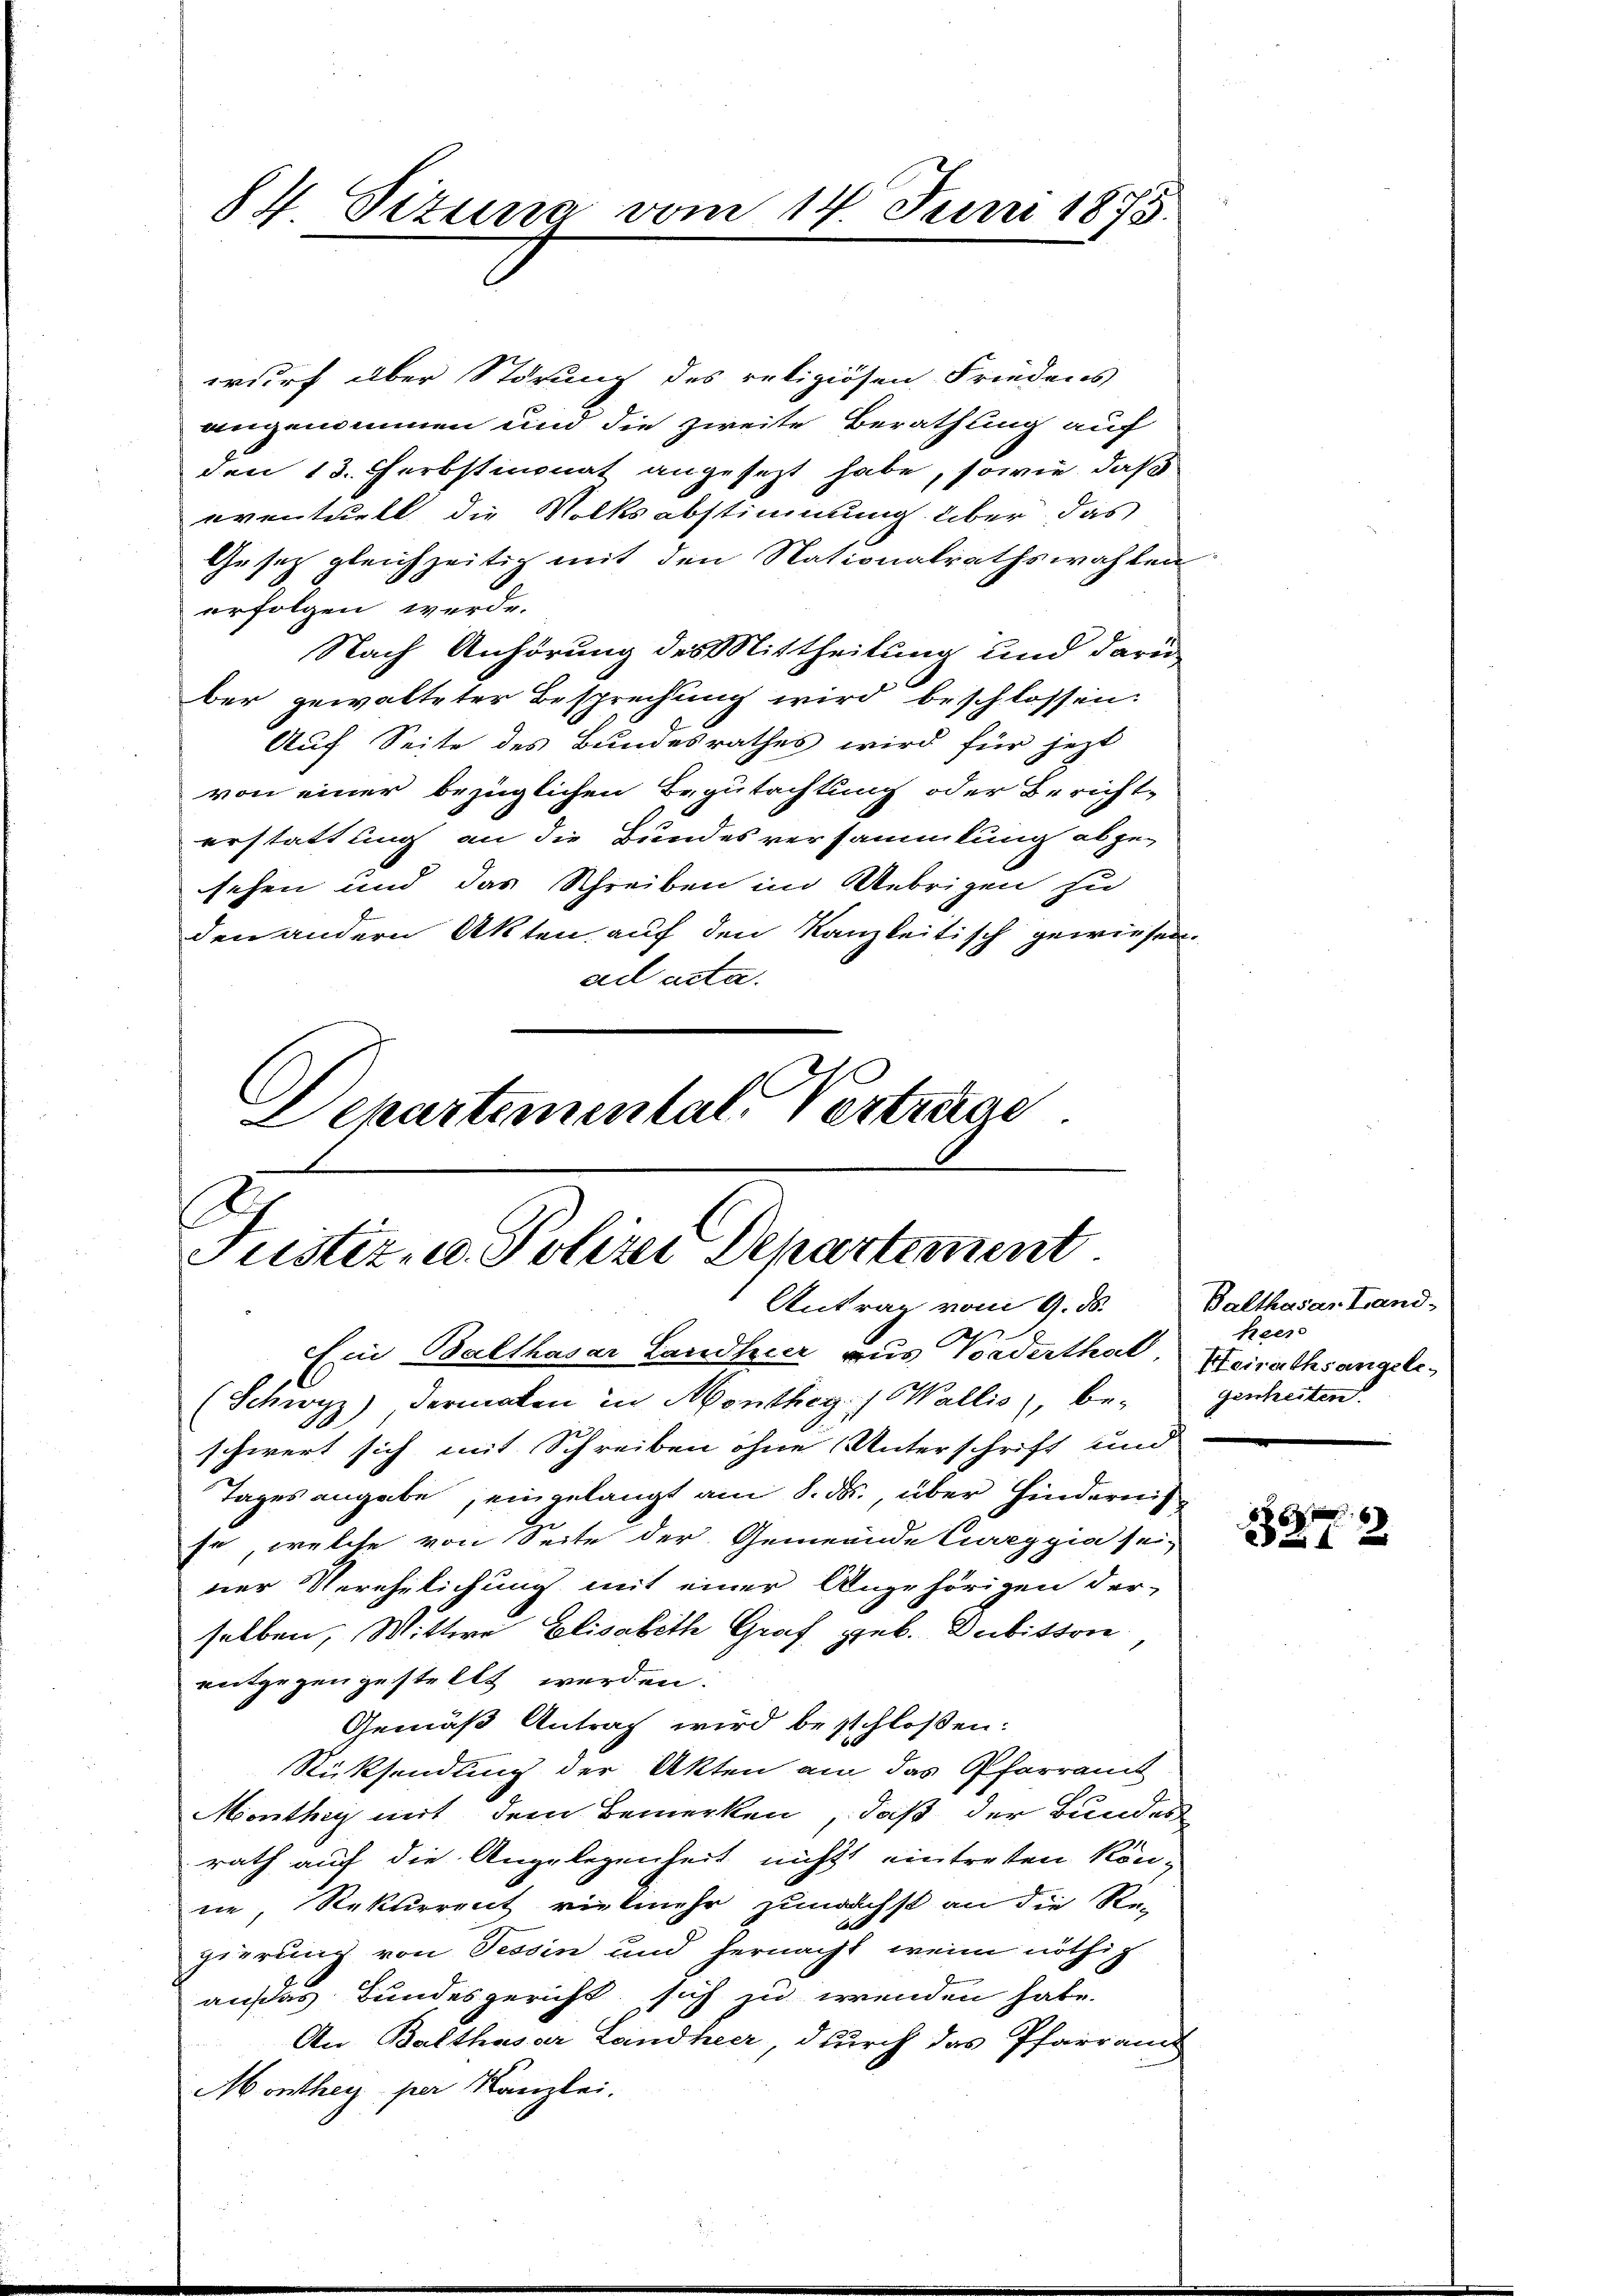
84 Sizung vom 14. Juni 1875.

wurf über Störung des religiösen Friedens
angenommen und die zweite Berathung auf
den 13. Herbstmonat angesezt habe, sowie daß
eventuell die Volksabstimmung über das
Gesetz gleichzeitig mit den Nationalrathswahlen
erfolgen werde.
Nach Anhörung des Mittheilung und daru
ber gewalteter Besprechung wird beschlossen.
Auf Seite des Bundesrathes wird für jetzt
von einer bezüglichen Begutachtung oder Bericht-
erstattung an die Bundesversammlung abgesehen und das Schreiben im Uebrigen zu
den andern Akten auf den Kanzleitisch gewiesen.
ad acta.
Departemental Vertrage

Justiz- u. Polizei Departement
Antrag vom 9. ds.

Ein Balthasar Landhier aus Vorderthal, Heirathsangele
(Schwyz), dermalen in Monthey) Wallis, be¬
.
schwert sich mit Schreiben ohne Unterschrift und
Tages angabe, eingelangt am 8. ds., über Hindernis
se, welche von Seite der Gemeinde Eureggia sei-
ner Verehelichung mit einer Angehörigen der-
selben, Wittwe Elisabeth Graf geb. Dubitson
entgegen gestellt werden.
Gemäß Antrag wird beschloßen:
Rücksendung der Akten am das Pfarramt
Monthey mit dem Bemerken, daß der Bundes
rath auf die Angelegenheit nicht eintreten könnie, Rekurrent vielmehr zunächst an die Re-
gierung von Tessin und hernacht, wenn nöthig
ausas Bundesgericht sich zu wenden habe.
An Balthasar Landheer, durch das Pfarrand
Monthey per Kanzlei.

Balthasar Land-
heen
genheiten.

28